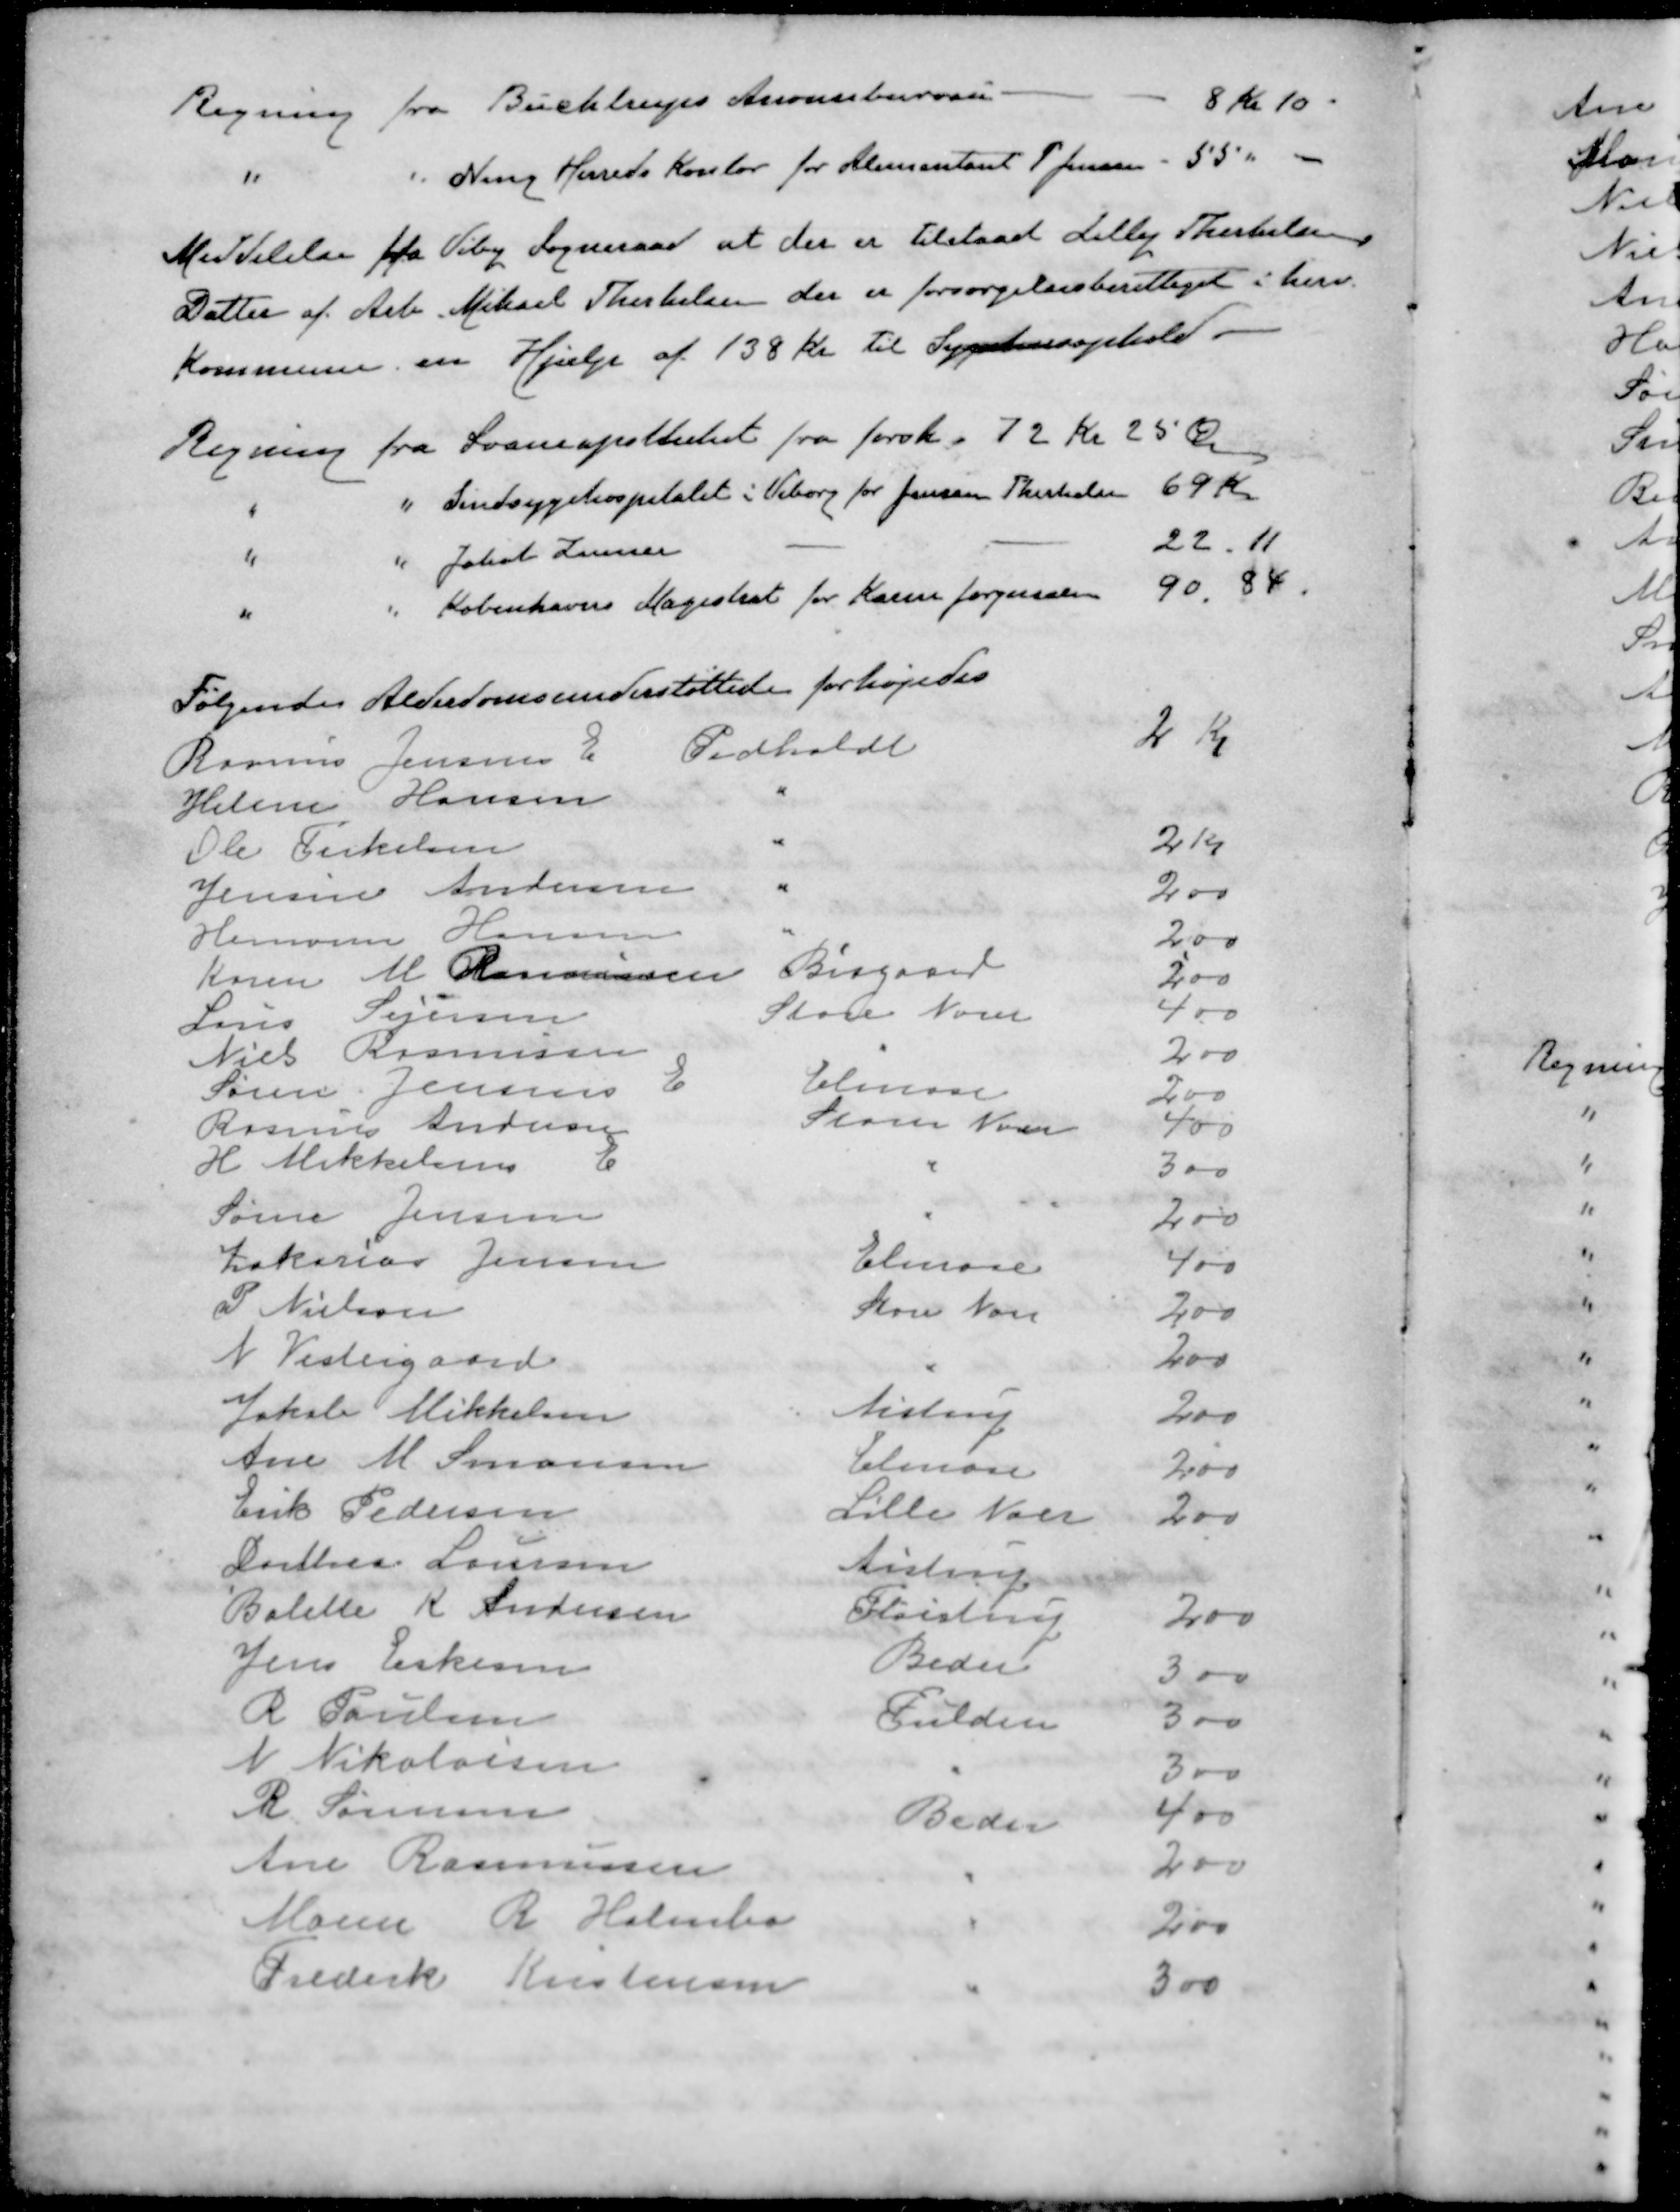
Transskription:
Regning fra Buchtrups Anoncebureau-
8 Kr 10
"
"
Ning Herreds Kontor for Alimentant P Jensen
55 "
Meddelelse fra Viby Sogneraad at der er tilstaaet Lilly Therkelsen
Datter af Arb. Mikael Therkelsen der er forsørgelsesberettiget i herv.
Kommune en Hjælp af 138 Kr til Sygehusophold
Regning fra Svaneapotheket fra forsk. 72 Kr 25 Øre
"
"
Sindsygehospitalet i Viborg for Jensine Therkelsen
69 Kr
"
"
Jakob Zeuner
22.11
"
"
Københavns Magistrat for Karen Jørgensen
90,88.
Følgende Alderdomsunderstøttede forhøjedes
Rasmus Jensens E
Pedholdt
2 K
Helen Hansen
"
Ole Terkelsen
"
2 Kr
Jensine Andersen
"
2,00
Hermann Hansen
"
200
Karen M Rasmussen
Bisgaard
200
Laus Sejersen
Store Noer
400
Niels Rasmussen
"
200
Søren Jensens E
Elmose
200
Rasmus Andersen
Store Nor
400
H Mikkelsens E
"
300
Søren Jensen
"
200
Zakarias Jensen
Elmose
400
P Nielsen
Store Nor
200
N Vestergaard
"
200
Jakob Mikkelsen
Aistrup
200
Ane M. Simonsen
Elmose
200
Erik Pedersen
Lille Nor
200
Dorthea Laursen
Aistrup
Bolette K. Andersen
Fløjstrup
200
Jens Eskesen
Beder
300
R Poulsen
Fulden
300
N Nikolorsen
"
300
R. Sørensen
Beder
400
Ane Rasmussen

200
Maren R Holmbo
"
200
Frederik Kristensen
"
300